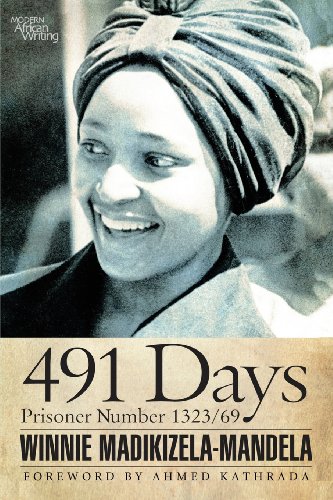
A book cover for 491 Days: Prisoner Number 1323/69 (Modern African Writing Series); Winnie Madikizela-Mandela; Literature & Fiction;